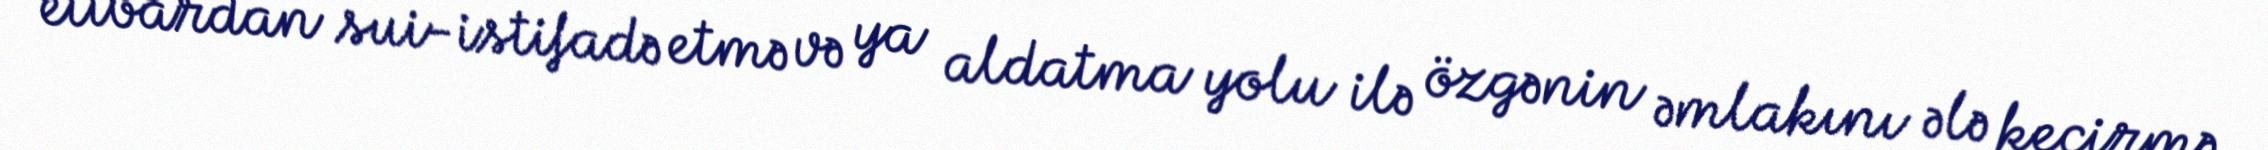
etibardan sui-istifadə etmə və ya aldatma yolu ilə özgənin əmlakını ələ keçirmə